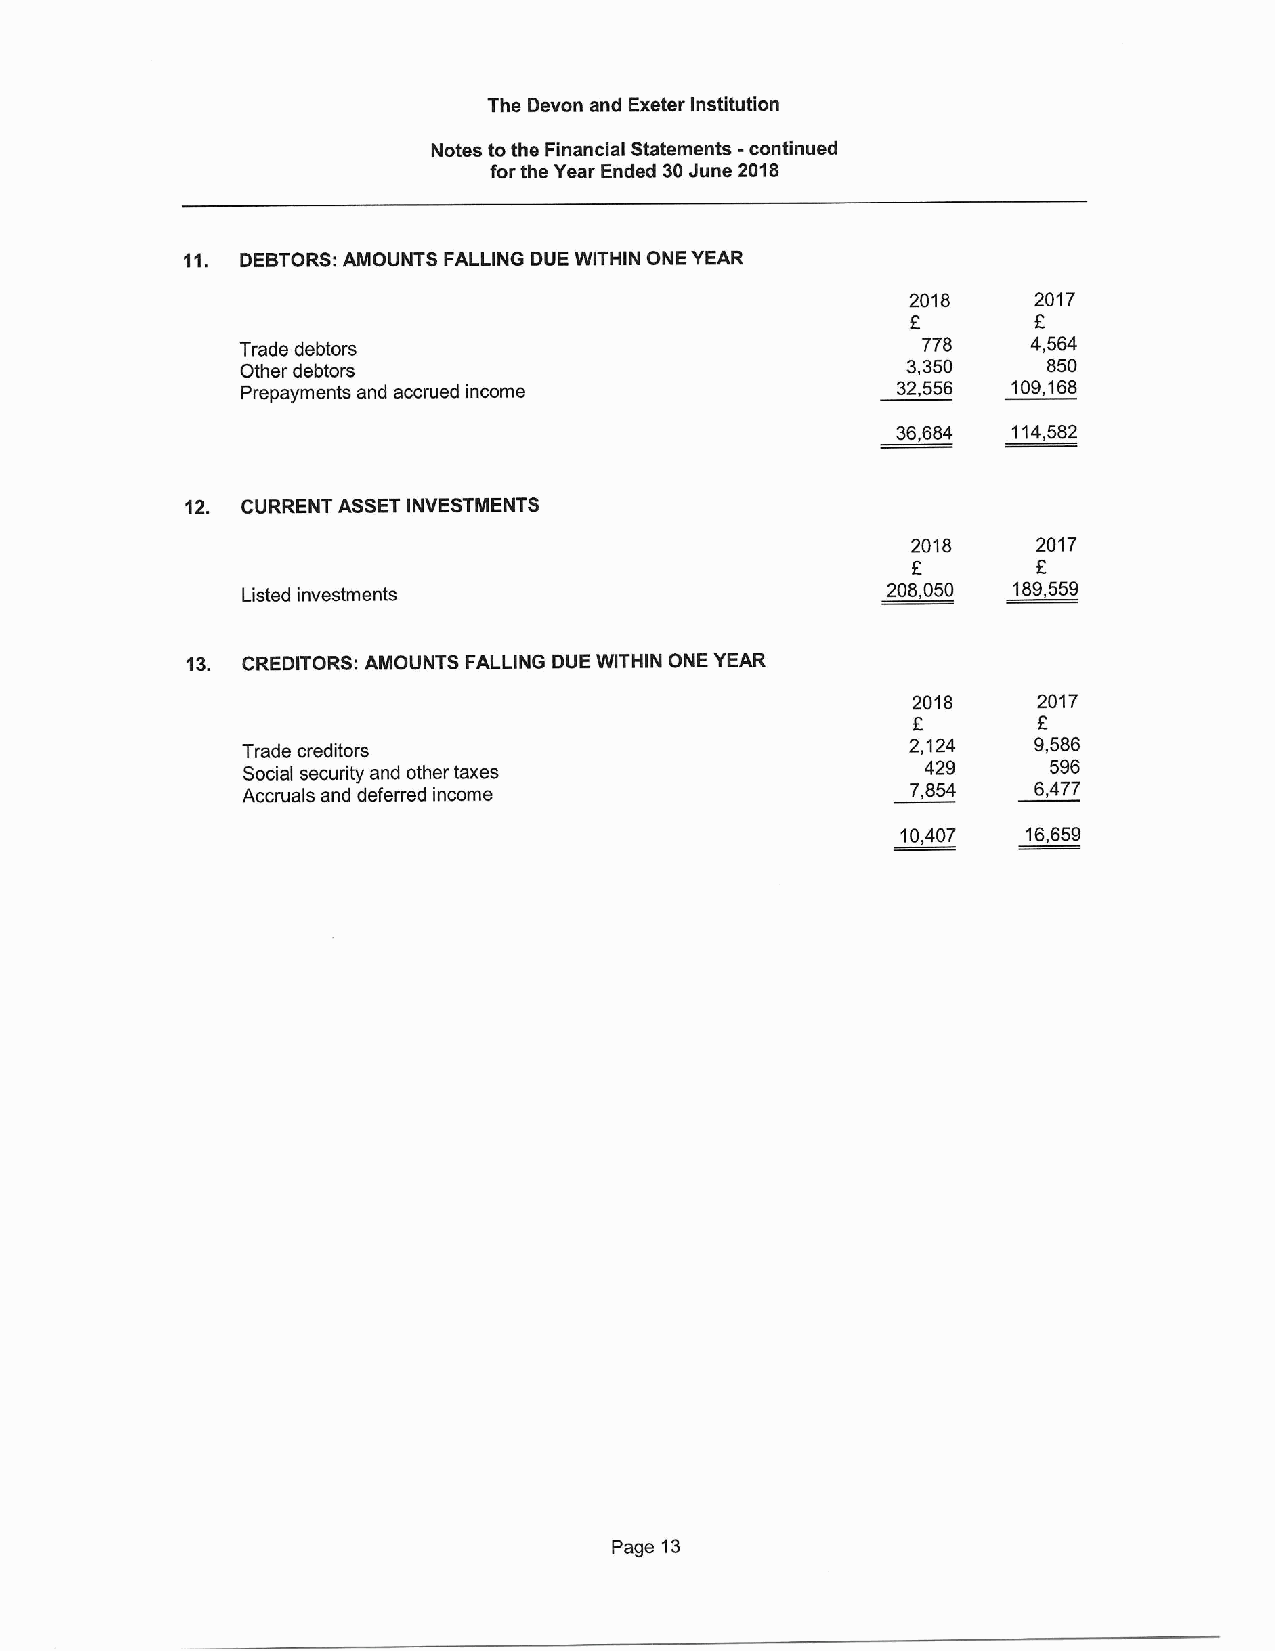
The Devon and Exeter Institution
 Notes tothe Financial Statements -continued
 forthe Year Ended 30June 2018
 11. DEBTORS; AMOUNTS FALLING DUE WITHIN ONE YEAR
 2018    2017
 f
 Trade debtors                                778    4,564
 Other debtors                               3,350    850
 Prepayments and accrued income             32,556  109,168
 36,684  114,582
 12. CURRENT ASSET INVESTMENTS
 2018     2017
 f
 Listed investments
 208,050 189,559
 13. CREDITORS: AMOUNTS FALLING DUE WITHIN ONE YEAR
 2018     2017
 E
 Trade creditors                             2,124   9,586
 Social security and other taxes              429      596
 Accruals and deferred income
 7,854   6,477
 10,407  16,659
 Page 13